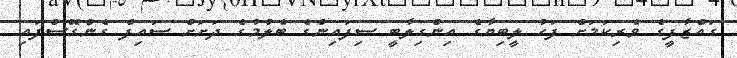
ގައްޒާފީގެ ވެރިކަމަށް ފަހު ލީބިޔާގެ އިންގިލާބީ ސިފައިންގެ ބެލުމުގެ ދަށަށް ސައިފް ގެންގޮސްފައި